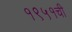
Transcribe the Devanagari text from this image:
१९५१ची